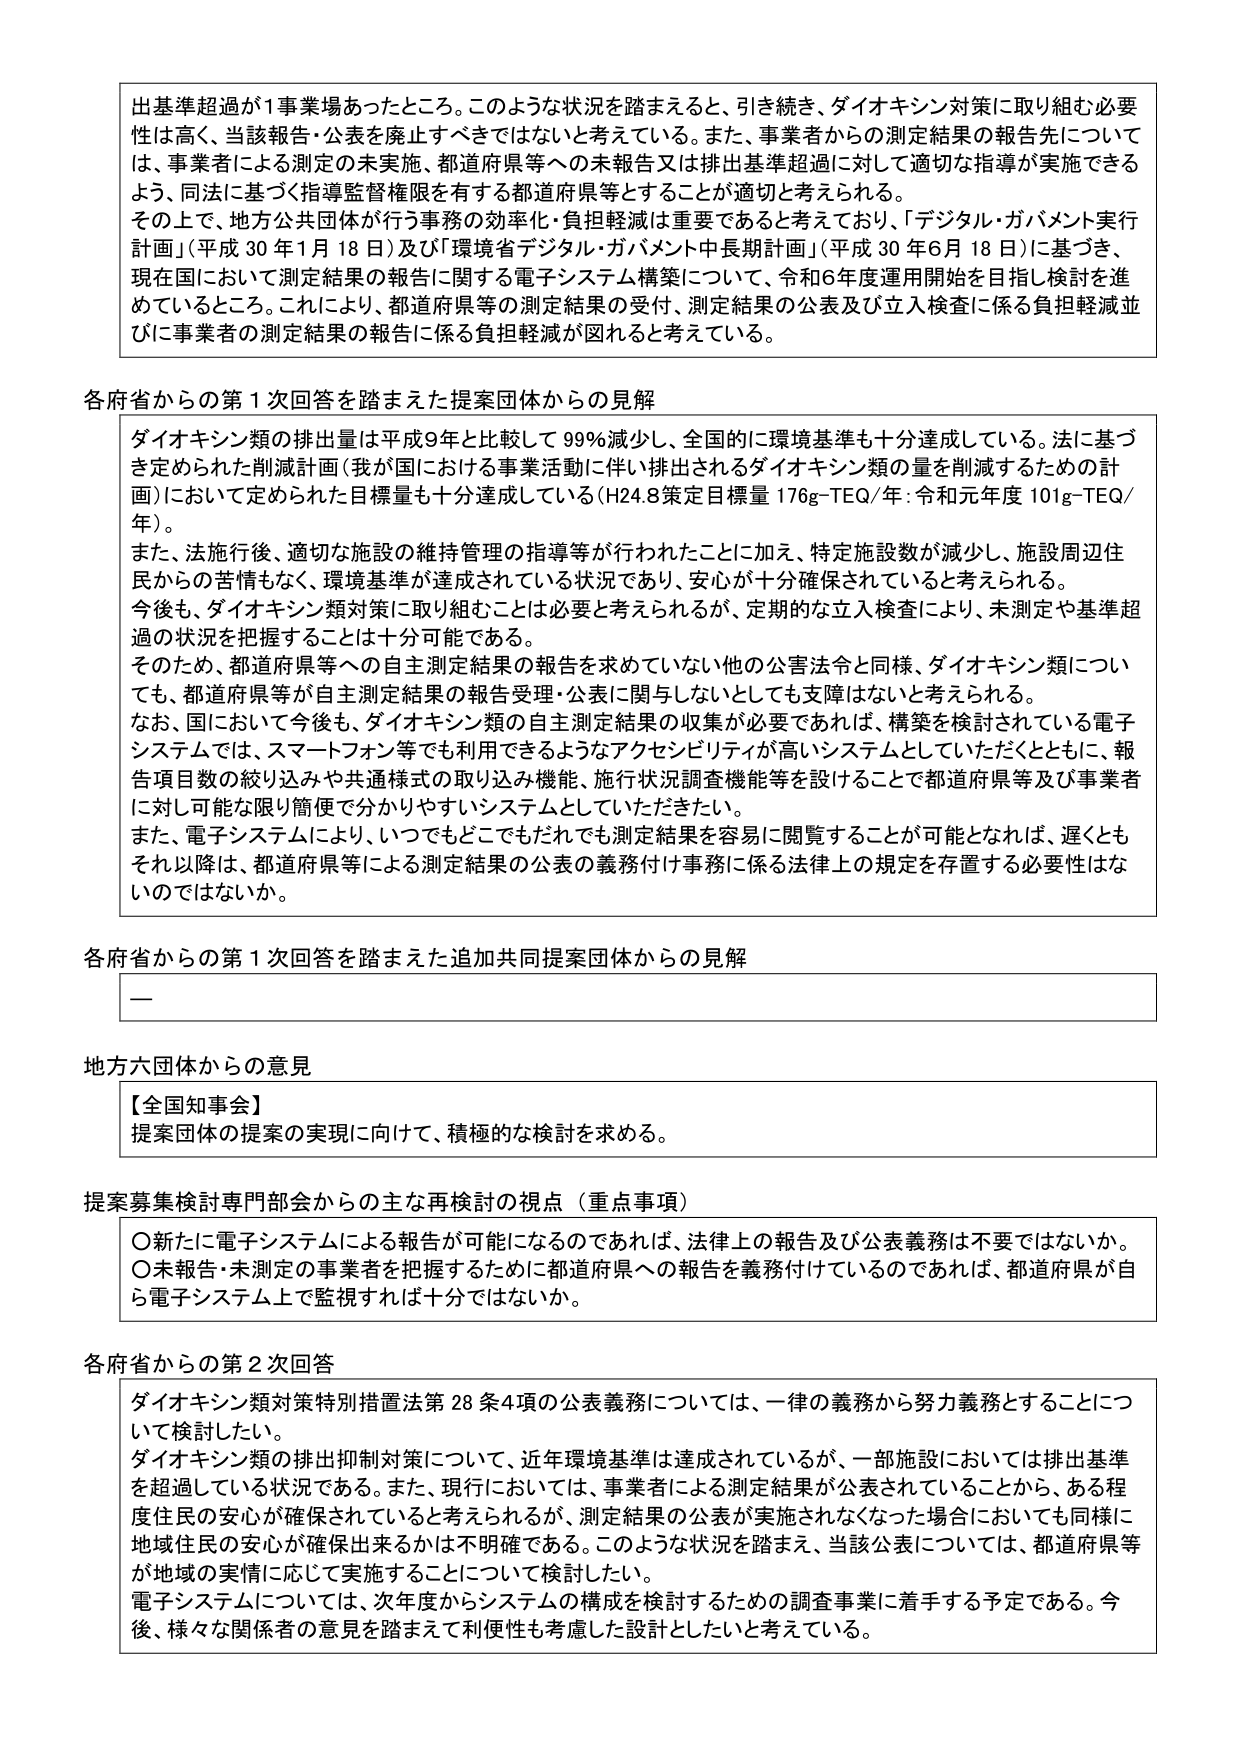
出基準超過が1事業場あったところ。このような状況を踏まえると、引き続き、ダイオキシン対策に取り組む必要性は高く、当該報告・公表を廃止すべきではないと考えている。また、事業者からの測定結果の報告先については、事業者による測定の未実施、都道府県等への未報告又は排出基準超過に対して適切な指導が実施できるよう、同法に基づく指導監督権限を有する都道府県等とすることが適切と考えられる。

その上で、地方公共団体が行う事務の効率化・負担軽減は重要であると考えており、「デジタル・ガバメント実行計画」（平成30年1月18日）及び「環境省デジタル・ガバメント中長期計画」（平成30年6月18日）に基づき、現在国において測定結果の報告に関する電子システム構築について、令和6年度運用開始を目指し検討を進めているところ。これにより、都道府県等の測定結果の受付、測定結果の公表及び立入検査に係る負担軽減並びに事業者の測定結果の報告に係る負担軽減が図れると考えている。

各府省からの第1次回答を踏まえた提案団体からの見解

ダイオキシン類の排出量は平成9年と比較して99％減少し、全国的に環境基準も十分達成している。法に基づき定められた削減計画（我が国における事業活動に伴い排出されるダイオキシン類の量を削減するための計画）において定められた目標量も十分達成している（H24.8策定目標量176g-TEQ/年：令和元年度101g-TEQ/年）。

また、法施行後、適切な施設の維持管理の指導等が行われたことに加え、特定施設数が減少し、施設周辺住民からの苦情もなく、環境基準が達成されている状況であり、安心が十分確保されていると考えられる。

今後も、ダイオキシン類対策に取り組むことは必要と考えられるが、定期的な立入検査により、未測定や基準超過の状況を把握することは十分可能である。

そのため、都道府県等への自主測定結果の報告を求めていない他の公害法令と同様、ダイオキシン類についても、都道府県等が自主測定結果の報告受理・公表に関与しないとしても支障はないと考えられる。

なお、国において今後も、ダイオキシン類の自主測定結果の収集が必要であれば、構築を検討されている電子システムでは、スマートフォン等でも利用できるようなアクセシビリティが高いシステムとしていただくとともに、報告項目数の絞り込みや共通様式の取り込み機能、施行状況調査機能等を設けることで都道府県等及び事業者に対し可能な限り簡便で分かりやすいシステムとしていただきたい。

また、電子システムにより、いつでもどこでもだれでも測定結果を容易に閲覧することが可能となれば、遅くともそれ以降は、都道府県等による測定結果の公表の義務付け事務に係る法律上の規定を存置する必要性はないのではないか。

各府省からの第1次回答を踏まえた追加共同提案団体からの見解

—

地方六団体からの意見

【全国知事会】
提案団体の提案の実現に向けて、積極的な検討を求める。

提案募集検討専門部会からの主な再検討の視点（重点事項）

〇新たに電子システムによる報告が可能になるのであれば、法律上の報告及び公表義務は不要ではないか。
〇未報告・未測定の事業者を把握するために都道府県への報告を義務付けているのであれば、都道府県が自ら電子システム上で監視すれば十分ではないか。

各府省からの第2次回答

ダイオキシン類対策特別措置法第28条4項の公表義務については、一律の義務から努力義務とすることについて検討したい。

ダイオキシン類の排出抑制対策について、近年環境基準は達成されているが、一部施設においては排出基準を超過している状況である。また、現行においては、事業者による測定結果が公表されていることから、ある程度住民の安心が確保されていると考えられるが、測定結果の公表が実施されなくなった場合においても同様に地域住民の安心が確保出来るかは不明確である。このような状況を踏まえ、当該公表については、都道府県等が地域の実情に応じて実施することについて検討したい。

電子システムについては、次年度からシステムの構成を検討するための調査事業に着手する予定である。今後、様々な関係者の意見を踏まえて利便性も考慮した設計としたいと考えている。